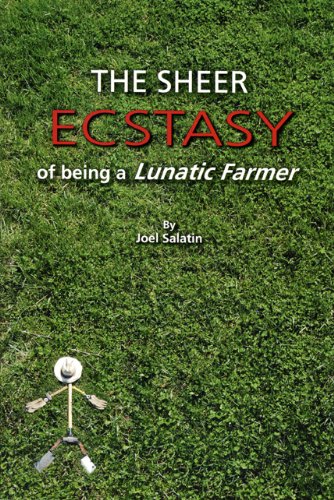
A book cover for The Sheer Ecstasy of Being a Lunatic Farmer; Joel Salatin; Science & Math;